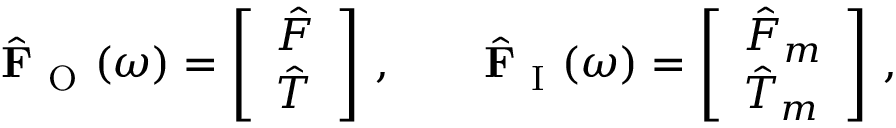
\hat { \mathbf { F } } _ { \mathrm { ~ O ~ } } ( \omega ) = \left[ \begin{array} { l } { \hat { F } } \\ { \hat { T } } \end{array} \right] \, , \qquad \hat { \mathbf { F } } _ { \mathrm { ~ I ~ } } ( \omega ) = \left[ \begin{array} { l } { \hat { F } _ { m } } \\ { \hat { T } _ { m } } \end{array} \right] \, ,